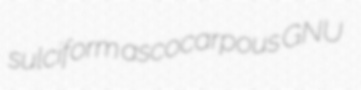
sulciform ascocarpous GNU